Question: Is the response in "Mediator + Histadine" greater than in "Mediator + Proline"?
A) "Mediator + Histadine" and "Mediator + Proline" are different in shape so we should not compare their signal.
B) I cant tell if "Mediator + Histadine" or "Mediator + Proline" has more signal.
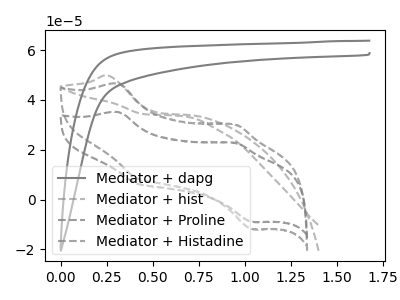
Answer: <think>The gray curve "Mediator + dapg" has no peaks. The gray dashed curve "Mediator + hist" has an anodic peak at: (0.25V, 49.80uA). The gray dashed curve "Mediator + Proline" has anodic peaks at (0.30V, 35.15uA) (0.95V, 22.70uA) and cathodic peaks at (0.40V, 6.50uA) (1.05V, -8.95uA). The gray dashed curve "Mediator + Histadine" has anodic peaks at (0.30V, 46.55uA) (0.95V, 30.10uA) and cathodic peaks at (0.40V, 8.65uA) (1.05V, -11.85uA).
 All the peaks in "Mediator + Histadine" have a peak in "Mediator + Proline" at the same potential.</think>
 <answer>B) I cant tell if "Mediator + Histadine" or "Mediator + Proline" has more signal.</answer>
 <eval>B</eval>